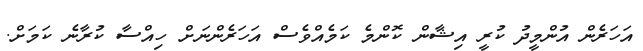
އަހަރެން އުންމީދު ކުރީ އިޝާން ކޮންމެ ކަމެއްވެސް އަހަރެންނަށް ހިއްސާ ކުރާނެ ކަމަށް.